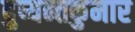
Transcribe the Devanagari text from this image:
दुष्यन्तकुमार